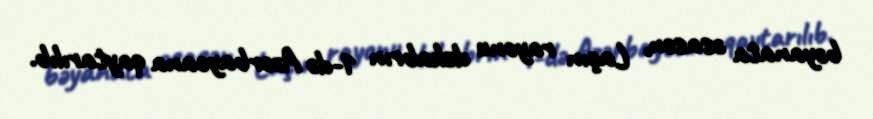
bəyanata əsasən, Laçın rayonu dekabrın 1-də Azərbaycana qaytarılıb.